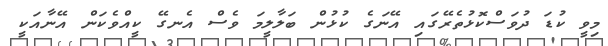
މިވީ ކުޑަ ދުވަސްކޮޅުތެރޭގައި އޭނަގެ ކުޅުން ބަލާލީމަ ވެސް އެނގޭ ކީއްވެކަން އޭނާއަކީ